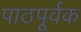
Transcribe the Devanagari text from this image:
पाठपूर्वक